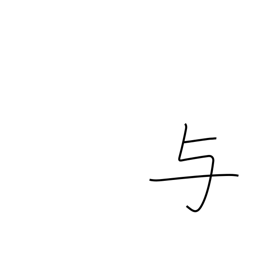
Meaning: impart